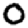
Digit: 0